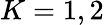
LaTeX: K=1,2